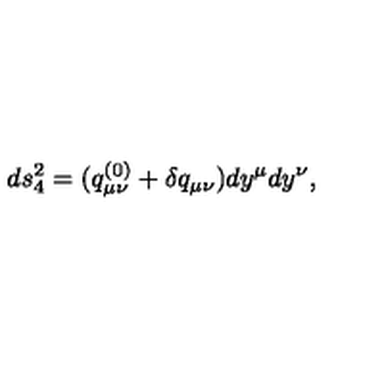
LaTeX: d s _ { 4 } ^ { 2 } = ( q _ { \mu \nu } ^ { ( 0 ) } + \delta q _ { \mu \nu } ) d y ^ { \mu } d y ^ { \nu } ,